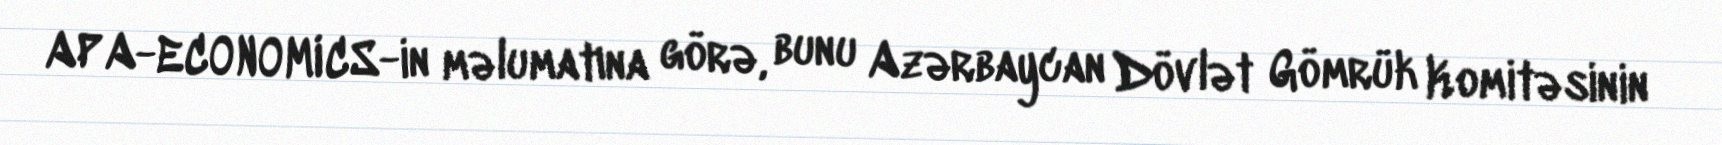
APA-ECONOMICS-in məlumatına görə, bunu Azərbaycan Dövlət Gömrük Komitəsinin